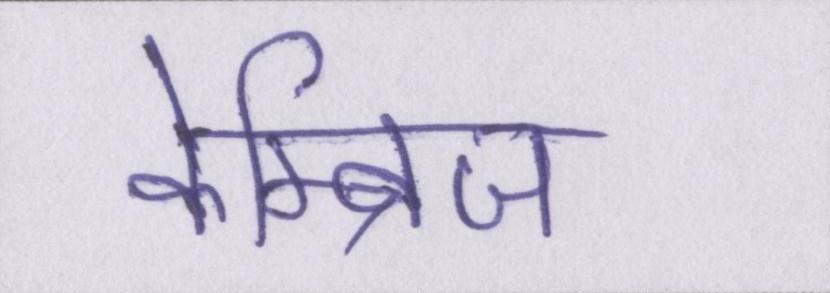
केम्ब्रिज